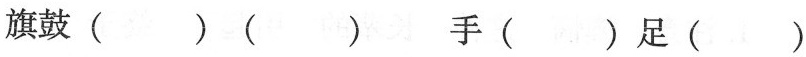
旗鼓( )( ) 手( )足( )